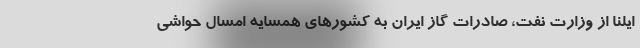
ایلنا از وزارت نفت، صادرات گاز ایران به کشورهای همسایه امسال حواشی